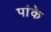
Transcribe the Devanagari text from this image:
पांके